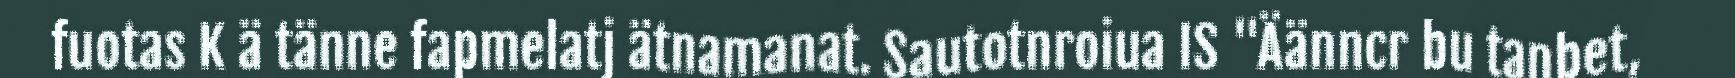
fuotas K ä tänne fapmelatj ätnamanat. Sautotnroiua IS "Äänncr bu tanbet,